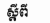
ស្ដីពី